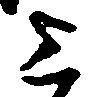
上